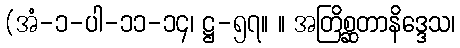
(အံ-၁-ပါ-၁၁-၁၄၊ ဋ္ဌ-၅၇။ ။ အတြိစ္ဆတာနိဒ္ဒေသ၊